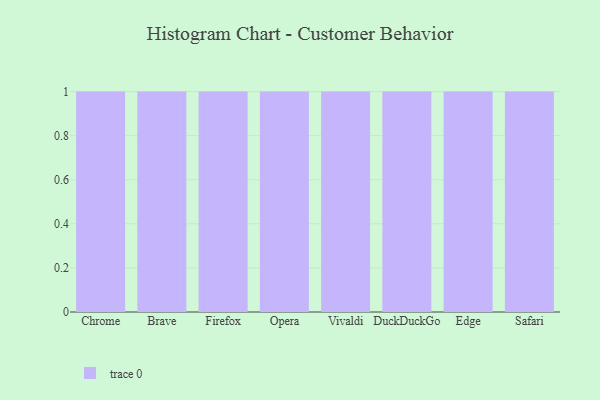
{"axis": {"x": "Browser", "y": "Active Users"}, "legend": [""], "data": [{"x": "Chrome", "y": 34, "type": ""}, {"x": "Brave", "y": 58, "type": ""}, {"x": "Firefox", "y": 26, "type": ""}, {"x": "Opera", "y": 34, "type": ""}, {"x": "Vivaldi", "y": 11, "type": ""}, {"x": "DuckDuckGo", "y": 93, "type": ""}, {"x": "Edge", "y": 63, "type": ""}, {"x": "Safari", "y": 96, "type": ""}]}